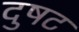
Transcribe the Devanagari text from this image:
दुषट